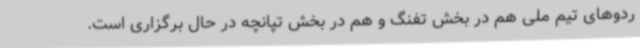
ردوهای تیم ملی هم در بخش تفنگ و هم در بخش تپانچه در حال برگزاری است.